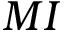
{ M I }